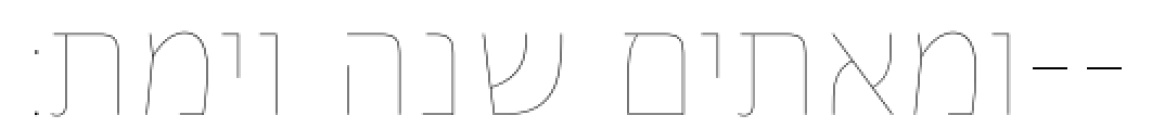
ומאתים שנה וימת׃--